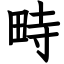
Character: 畤